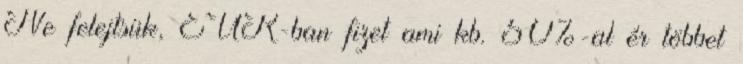
Ne felejtsük, EUR-ban fizet ami kb. 50%-al ér többet